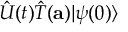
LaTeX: { \hat { U } } ( t ) { \hat { T } } ( \mathbf { a } ) | \psi ( 0 ) \rangle